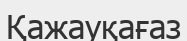
Қажауқағаз